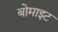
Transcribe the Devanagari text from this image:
बोमाइट